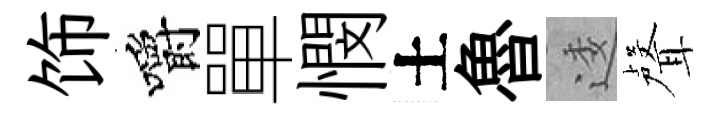
饰嚼單憫土魯逶聲